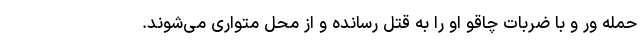
حمله ور و با ضربات چاقو او را به قتل رسانده و از محل متواری می‌شوند.